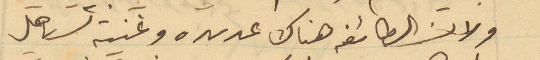
ولان الطائفة هناك عديده وغنيه تستاهل